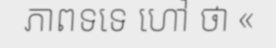
ភាពទទេ ហៅ ថា «